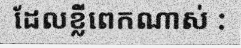
ដែលខ្លីពេកណាស់ :